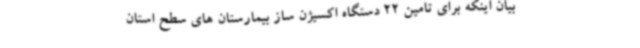
بیان اینکه برای تامین 22 دستگاه اکسیژن ساز بیمارستان های سطح استان